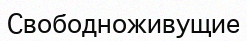
Свободноживущие